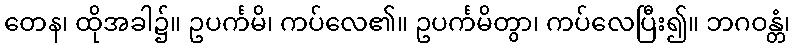
တေန၊ ထိုအခါ၌။ ဥပင်္ကမိ၊ ကပ်လေ၏။ ဥပင်္ကမိတွာ၊ ကပ်လေပြီး၍။ ဘဂဝန္တံ၊